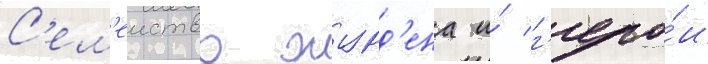
С'ем'еиство журд'ена и́ г'еро́и